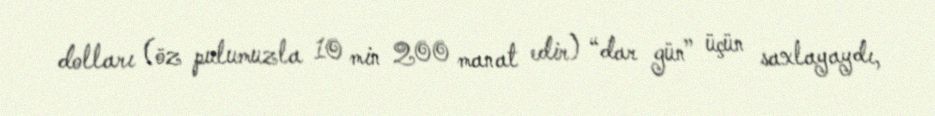
dolları (öz pulumuzla 10 min 200 manat edir) “dar gün” üçün saxlayaydı,